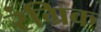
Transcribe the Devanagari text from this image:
रंग्रिक